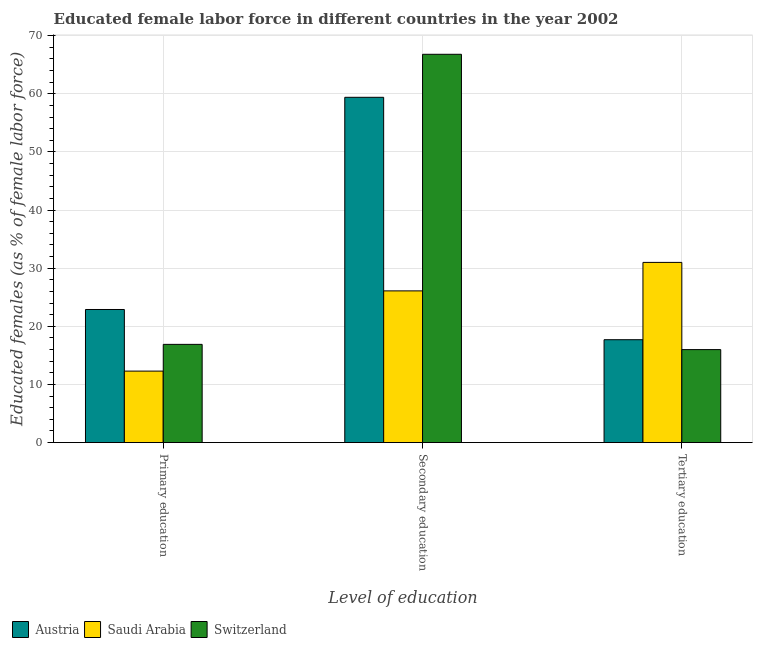
| Level of education | Austria | Saudi Arabia | Switzerland |
 | --- | --- | --- | --- |
 | Primary education | 22.9 | 12.3 | 16.9 |
 | Secondary education | 59.4 | 26.1 | 66.8 |
 | Tertiary education | 17.7 | 31 | 16 |